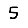
Digit: 5